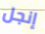
إنجل